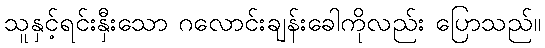
သူနှင့်ရင်းနှီးသော ဂလောင်းချန်းခေါကိုလည်း ပြောသည်။